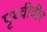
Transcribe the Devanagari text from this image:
पृथ्वीवीर